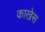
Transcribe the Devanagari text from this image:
काखेस